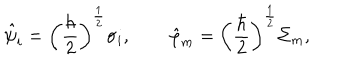
\hat { \psi } _ { i } = \left( \frac { \hbar } { 2 } \right) ^ { \frac { 1 } { 2 } } \sigma _ { i } , \quad \quad \hat { \varphi } _ { m } = \left( \frac { \hbar } { 2 } \right) ^ { \frac { 1 } { 2 } } \Sigma _ { m } ,